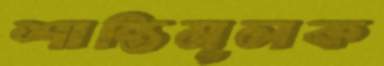
শান্তিমূলক